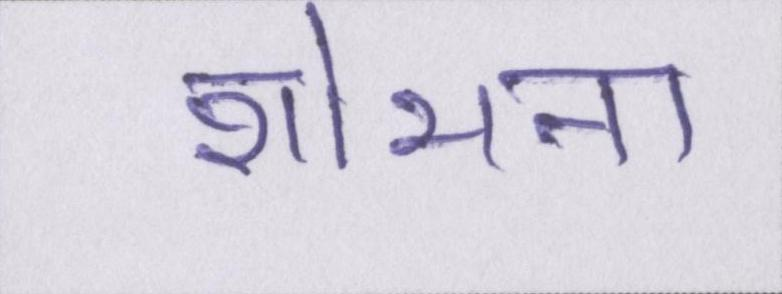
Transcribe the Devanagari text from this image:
शोभना